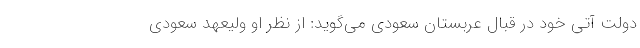
دولت آتی خود در قبال عربستان سعودی می‌گوید: از نظر او ولیعهد سعودی